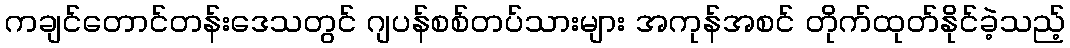
ကချင်တောင်တန်းဒေသတွင် ဂျပန်စစ်တပ်သားများ အကုန်အစင် တိုက်ထုတ်နိုင်ခဲ့သည့်